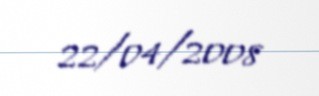
22/04/2008